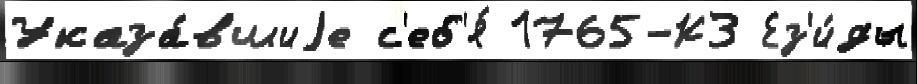
Указа́вшиjе с'еб'я́ 1765-КЗ Ез'и́ды